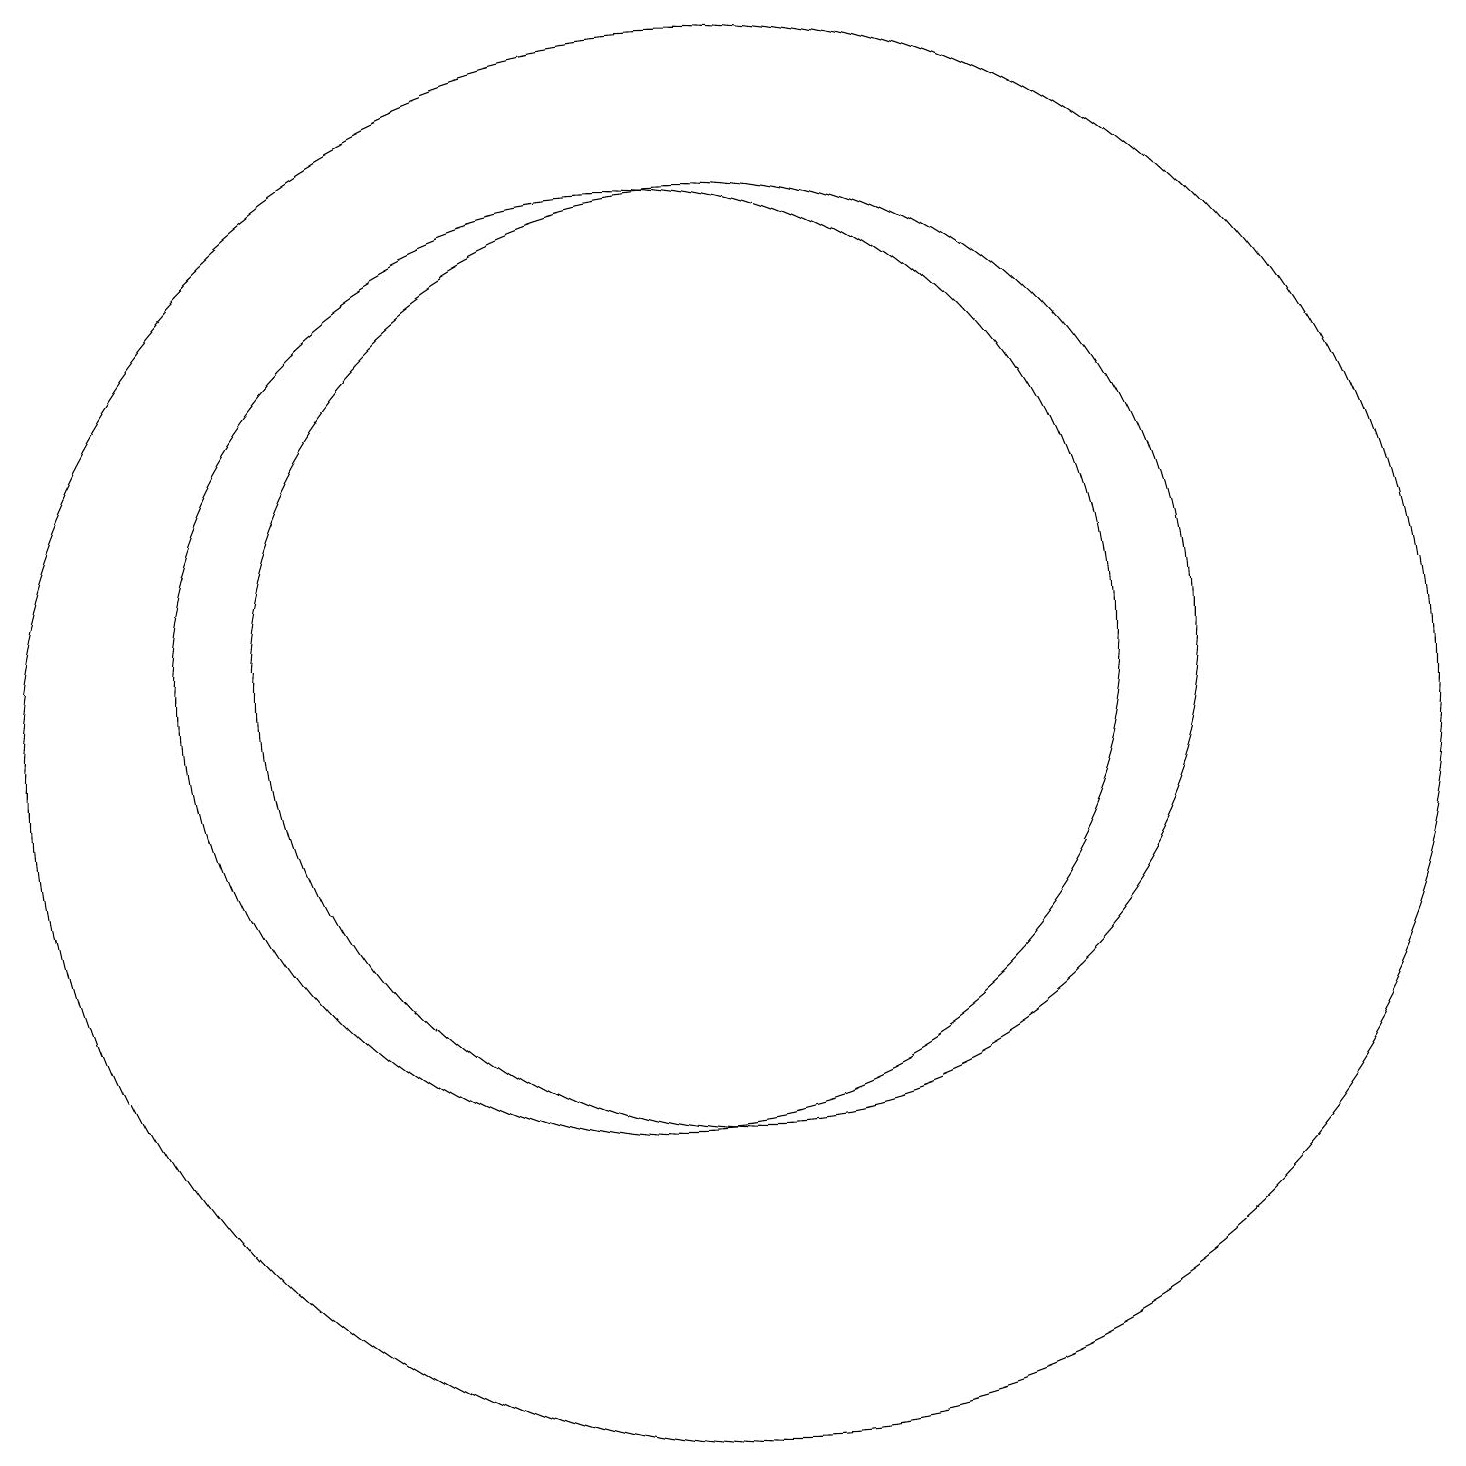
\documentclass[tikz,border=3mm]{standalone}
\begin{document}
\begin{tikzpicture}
\draw (11,12) circle (6);
\draw (11,11) circle (9);
\draw (10,12) circle (6);
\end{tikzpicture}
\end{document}